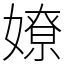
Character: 嫽